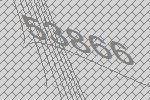
53866